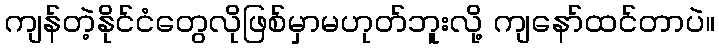
ကျန်တဲ့နိုင်ငံတွေလိုဖြစ်မှာမဟုတ်ဘူးလို့ ကျနော်ထင်တာပဲ။